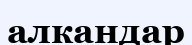
алкандар